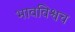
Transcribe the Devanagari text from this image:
भावविश्वच